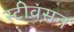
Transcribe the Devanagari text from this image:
स्टीवसन